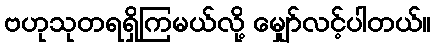
ဗဟုသုတရရှိကြမယ်လို့ မျှော်လင့်ပါတယ်။